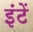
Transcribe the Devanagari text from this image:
इंटें